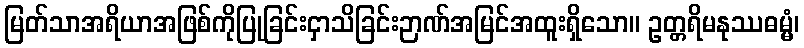
မြတ်သာအရိယာအဖြစ်ကိုပြုခြင်းငှာသိခြင်းဉာဏ်အမြင်အထူးရှိသော။ ဥတ္တရိမနုဿဓမ္မံ၊